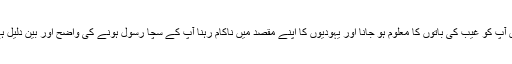
پس آپؐ کو غیب کی باتوں کا معلوم ہو جانا اور یہودیوں کا اپنے مقصد میں ناکام رہنا آپؐ کے سچا رسول ہونے کی واضح اور بیّن دلیل ہے۔